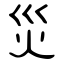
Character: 災